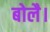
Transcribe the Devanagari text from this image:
बोलै।